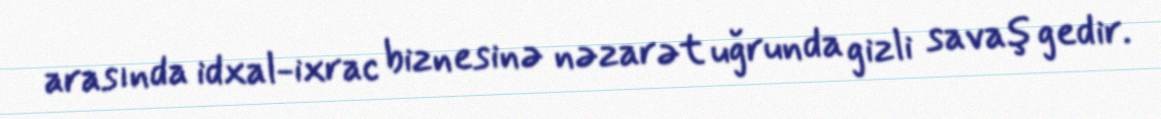
arasında idxal-ixrac biznesinə nəzarət uğrunda gizli savaş gedir.